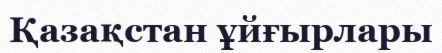
Қазақстан ұйғырлары